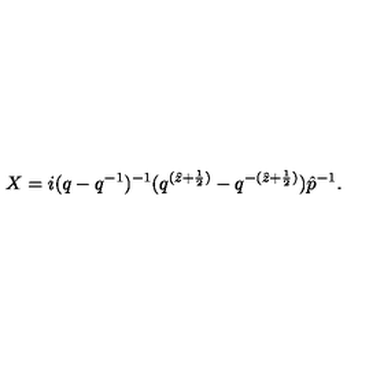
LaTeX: X = i ( q - q ^ { - 1 } ) ^ { - 1 } ( q ^ { ( \hat { z } + \frac { 1 } { 2 } ) } - q ^ { - ( \hat { z } + \frac { 1 } { 2 } ) } ) \hat { p } ^ { - 1 } .